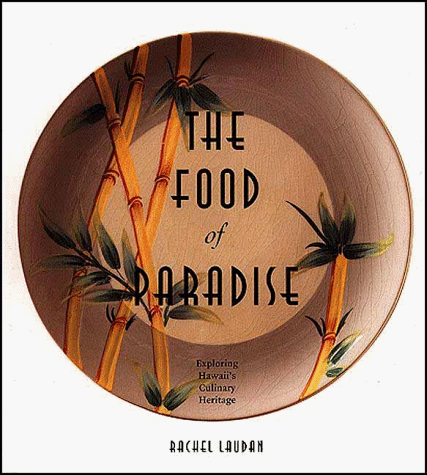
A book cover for The Food of Paradise: Exploring Hawaii's Culinary Heritage (A Kolowalu Book); Rachel Laudan; Cookbooks, Food & Wine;